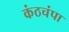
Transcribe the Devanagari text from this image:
कंठचंपा